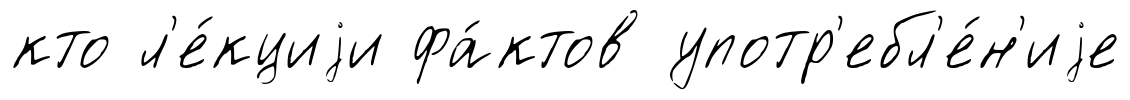
кто л'е́кциjи фа́ктов употр'ебл'е́н'иjе